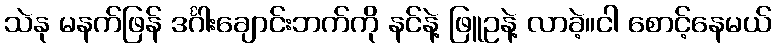
သဲနု မနက်ဖြန် ဒင်္ဂါးချောင်းဘက်ကို နင်နဲ့ ဖြူဥနဲ့ လာခဲ့။ငါ စောင့်နေမယ်